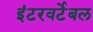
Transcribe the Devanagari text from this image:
इंटरवर्टेबल